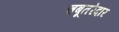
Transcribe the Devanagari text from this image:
चबूतरेदार